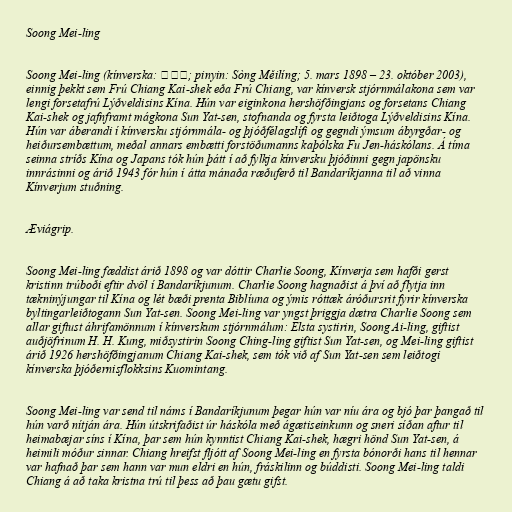
Soong Mei-ling

Soong Mei-ling (kínverska: 宋美齡; pinyin: Sòng Měilíng; 5. mars 1898 – 23. október 2003),
einnig þekkt sem Frú Chiang Kai-shek eða Frú Chiang, var kínversk stjórnmálakona sem var
lengi forsetafrú Lýðveldisins Kína. Hún var eiginkona hershöfðingjans og forsetans Chiang
Kai-shek og jafnframt mágkona Sun Yat-sen, stofnanda og fyrsta leiðtoga Lýðveldisins Kína.
Hún var áberandi í kínversku stjórnmála- og þjóðfélagslífi og gegndi ýmsum ábyrgðar- og
heiðursembættum, meðal annars embætti forstöðumanns kaþólska Fu Jen-háskólans. Á tíma
seinna stríðs Kína og Japans tók hún þátt í að fylkja kínversku þjóðinni gegn japönsku
innrásinni og árið 1943 fór hún í átta mánaða ræðuferð til Bandaríkjanna til að vinna
Kínverjum stuðning.

Æviágrip.

Soong Mei-ling fæddist árið 1898 og var dóttir Charlie Soong, Kínverja sem hafði gerst
kristinn trúboði eftir dvöl í Bandaríkjunum. Charlie Soong hagnaðist á því að flytja inn
tækninýjungar til Kína og lét bæði prenta Biblíuna og ýmis róttæk áróðursrit fyrir kínverska
byltingarleiðtogann Sun Yat-sen. Soong Mei-ling var yngst þriggja dætra Charlie Soong sem
allar giftust áhrifamönnum í kínverskum stjórnmálum: Elsta systirin, Soong Ai-ling, giftist
auðjöfrinum H. H. Kung, miðsystirin Soong Ching-ling giftist Sun Yat-sen, og Mei-ling giftist
árið 1926 hershöfðingjanum Chiang Kai-shek, sem tók við af Sun Yat-sen sem leiðtogi
kínverska þjóðernisflokksins Kuomintang.

Soong Mei-ling var send til náms í Bandaríkjunum þegar hún var níu ára og bjó þar þangað til
hún varð nítján ára. Hún útskrifaðist úr háskóla með ágætiseinkunn og sneri síðan aftur til
heimabæjar síns í Kína, þar sem hún kynntist Chiang Kai-shek, hægri hönd Sun Yat-sen, á
heimili móður sinnar. Chiang hreifst fljótt af Soong Mei-ling en fyrsta bónorði hans til hennar
var hafnað þar sem hann var mun eldri en hún, fráskilinn og búddisti. Soong Mei-ling taldi
Chiang á að taka kristna trú til þess að þau gætu gifst.